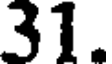
31.